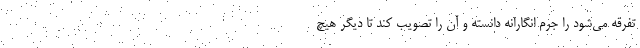
تفرقه می‌شود را جرم انگارانه دانسته و آن را تصویب کند تا دیگر هیچ